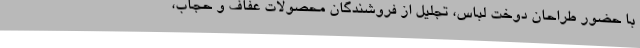
با حضور طراحان دوخت لباس، تجلیل از فروشندگان محصولات عفاف و حجاب،